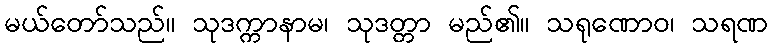
မယ်တော်သည်။ သုဒက္ကာနာမ၊ သုဒတ္တာ မည်၏။ သရုဏောဝ၊ သရဏ